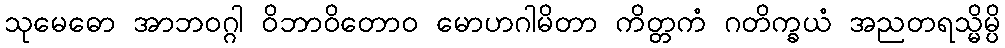
သုမေဓော အာဘဝဂ္ဂါ ဝိဘာဝိတောဝ မောဟဂါမိတာ ကိတ္တကံ ဂတိက္ခယံ အညတရသ္မိမ္ပိ